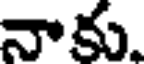
నాకు.